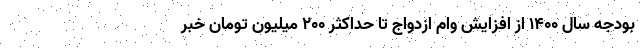
بودجه سال ۱۴۰۰ از افزایش وام ازدواج تا حداکثر ۲۰۰ میلیون تومان خبر